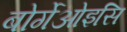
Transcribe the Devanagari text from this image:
बोर्गेओइसि